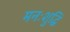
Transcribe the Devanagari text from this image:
मनःशुद्धिं